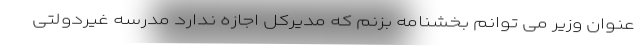
عنوان وزیر می توانم بخشنامه بزنم که مدیرکل اجازه ندارد مدرسه غیردولتی